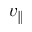
v _ { \parallel }